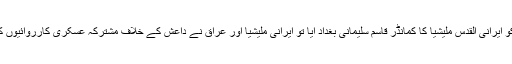
14 جون کو ایرانی القدس ملیشیا کا کمانڈر قاسم سلیمانی بغداد آیا تو ایرانی ملیشیا اور عراق نے داعش کے خلاف مشترکہ عسکری کارروائیوں کا آغاز کیا۔